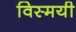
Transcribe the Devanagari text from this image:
विस्मयी